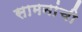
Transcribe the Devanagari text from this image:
सामनांची